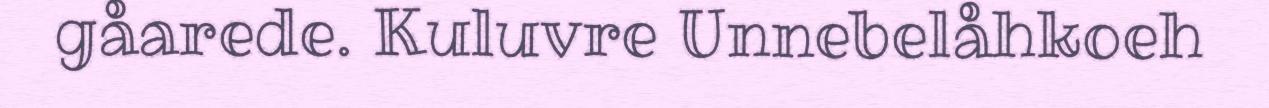
gåarede. Kuluvre Unnebelåhkoeh